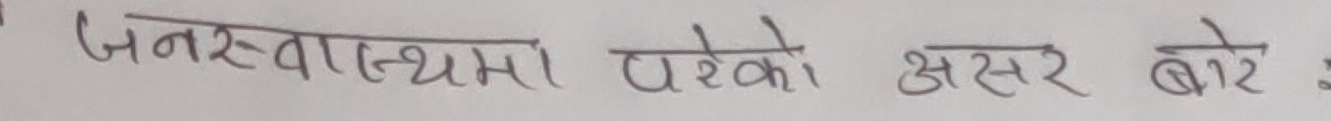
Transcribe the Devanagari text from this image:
जनस्वास्थ्यमा परेको असर बारे :